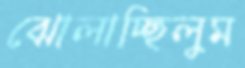
ঝোলাচ্ছিলুম